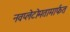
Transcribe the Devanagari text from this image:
नवप्लेटोमतामार्फत